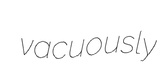
vacuously